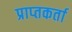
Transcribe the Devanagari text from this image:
प्राप्‍तकर्ता